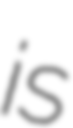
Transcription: is